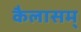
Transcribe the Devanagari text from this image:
कैलासम्‌